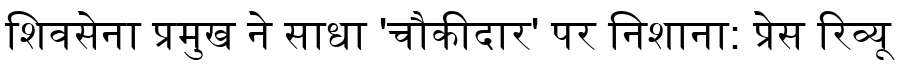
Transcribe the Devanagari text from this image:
शिवसेना प्रमुख ने साधा 'चौकीदार' पर निशाना: प्रेस रिव्यू